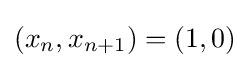
(x_{n},x_{n+1})=(1,0)